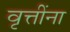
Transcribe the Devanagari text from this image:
वृत्तींना